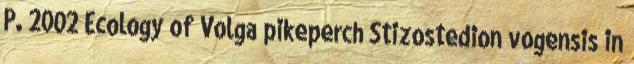
P. 2002 Ecology of Volga pikeperch Stizostedion vogensis in